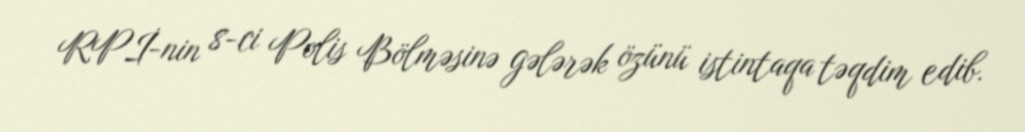
RPİ-nin 8-ci Polis Bölməsinə gələrək özünü istintaqa təqdim edib.